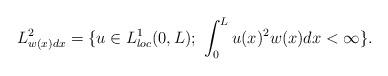
LaTeX: \begin{align*}L^2_{w(x)dx} =\{ u\in L^1_{loc}(0,L);\ \int_0^L u(x)^2 w(x)dx <\infty \}. \end{align*}